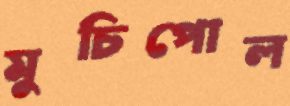
মুচিপোল